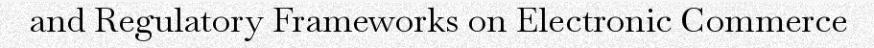
and Regulatory Frameworks on Electronic Commerce